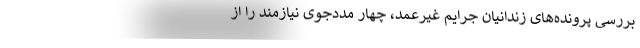
بررسی پرونده‌های زندانیان جرایم غیرعمد، چهار مددجوی نیازمند را از